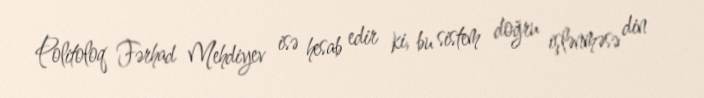
Politoloq Fərhad Mehdiyev isə hesab edir ki, bu sistem doğru işlənməsə din